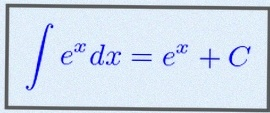
\int e^x dx=e^x+C